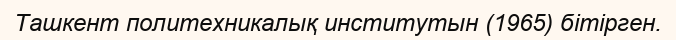
Ташкент политехникалық институтын (1965) бітірген.